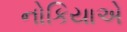
નોકિયાએ